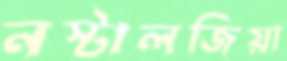
নস্টালজিয়া